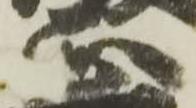
正